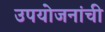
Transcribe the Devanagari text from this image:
उपयोजनांची